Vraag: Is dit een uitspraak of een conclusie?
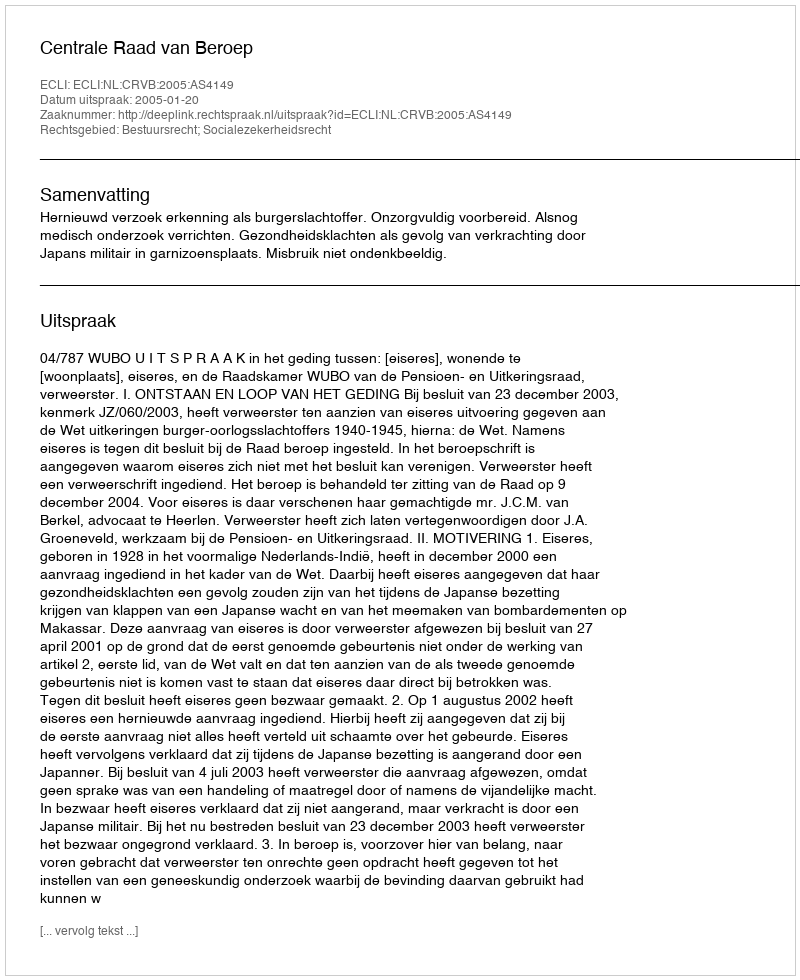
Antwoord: Uitspraak